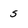
Character: 5